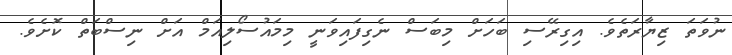
ނުވަތަ ޒިޔާރަތެވެ. އިގިރޭސި ބަހަށް މިބަސް ނެގިފައިވަނީ މިމައުސޯލިއަމް އަށް ނިސްބަތް ކޮށެވެ.